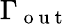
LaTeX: \Gamma_{\mathrm{~o~u~t~}}